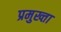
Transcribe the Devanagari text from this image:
प्रमुख्ता